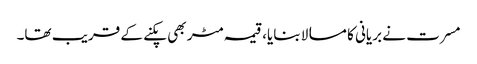
مسرت نے بریانی کا مسالا بنایا، قیمہ مٹر بھی پکنے کے قریب تھا۔